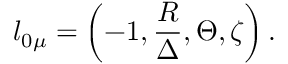
l _ { 0 \mu } = \left( - 1 , \frac { { \cal R } } { \Delta } , \Theta , \zeta \right) .